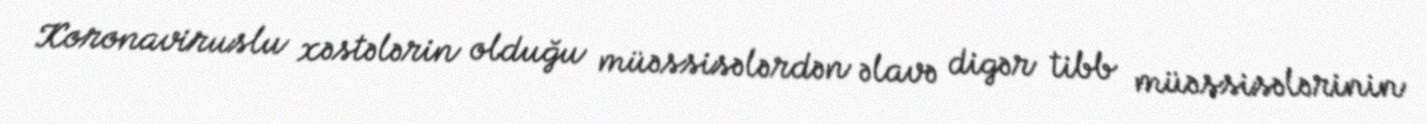
Koronaviruslu xəstələrin olduğu müəssisələrdən əlavə digər tibb müəssisələrinin